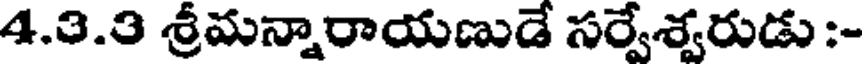
4.3.3 శ్రీమన్నారాయణుడే సర్వేశ్వరుడు :-